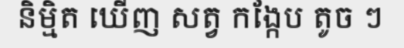
និម្មិត ឃើញ សត្វ កង្កែប តូច ៗ